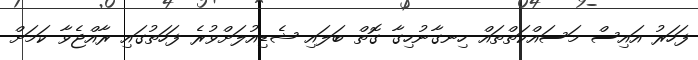
ފަހަރު އައިސް މަސައްކަތްތައް ހިނގާނުހިގާ ގޮތް ބަލައި ޝެޑިއުލަށްވުރެ ފަހަތުގައި ރާއްޖެވާ ކަމަށް